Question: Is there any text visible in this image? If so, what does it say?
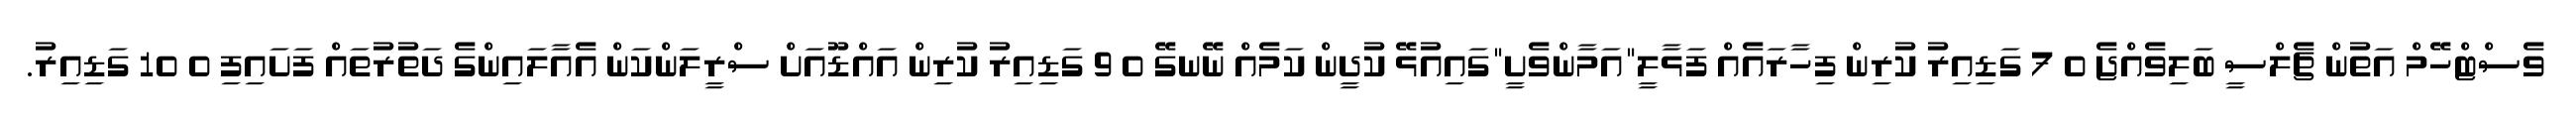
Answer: ވެސްޓްހޭމް އަތުން ޗެލްސީ ބަލިވެއްޖެ 0 7 ގަޑިއިރު ކުރިން ފިހާރައެއް ފަޅާލީ"އަމާންވެށީ"ގައިއުޅޭ ކުދީން ކަމެއް ނޭނގޭ 0 9 ގަޑިއިރު ކުރިން އައްޑޫއަށް ސްރީލަންކަން އެއާލައިންގެ ދަތުރުތައް ފަށައިފި 0 10 ގަޑިއިރު.